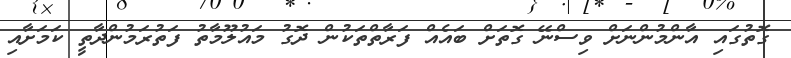
ގޮތުގައި އާންމުންނަށް ވިސްނޭ ގޮތަށް ބައެއް ފަރާތްތަކުން ދޮގު މައުލޫމާތު ފަތުރަމުންދާތީ ކަމަށާއި